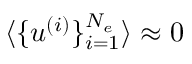
\langle \{ \boldsymbol { u } ^ { ( i ) } \} _ { i = 1 } ^ { N _ { e } } \rangle \approx \boldsymbol { 0 }